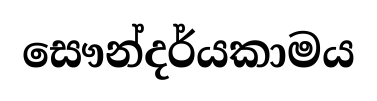
සෞන්දර්යකාමය